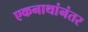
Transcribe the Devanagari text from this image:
एकनाथांनंतर